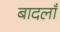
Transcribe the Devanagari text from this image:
बादलाँ